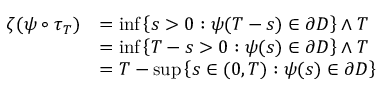
\begin{array} { r l } { \zeta ( \psi \circ \tau _ { T } ) } & { = \operatorname* { i n f } \left\{ s > 0 : \psi ( T - s ) \in \partial D \right\} \wedge T } \\ & { = \operatorname* { i n f } \left\{ T - s > 0 : \psi ( s ) \in \partial D \right\} \wedge T } \\ & { = T - \operatorname* { s u p } \left\{ s \in ( 0 , T ) : \psi ( s ) \in \partial D \right\} } \end{array}